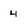
Character: 4